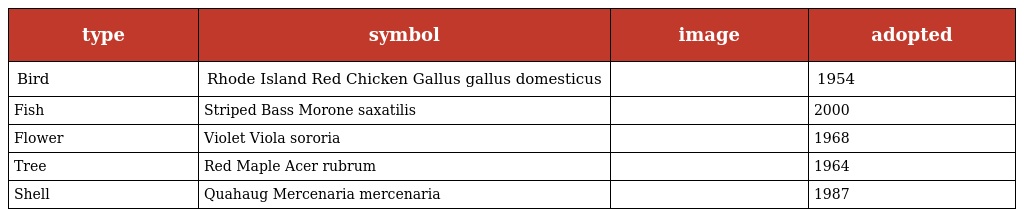
| type | symbol | image | adopted |
 | --- | --- | --- | --- |
 | Bird | Rhode Island Red Chicken Gallus gallus domesticus |  | 1954 |
 | Fish | Striped Bass Morone saxatilis |  | 2000 |
 | Flower | Violet Viola sororia |  | 1968 |
 | Tree | Red Maple Acer rubrum |  | 1964 |
 | Shell | Quahaug Mercenaria mercenaria |  | 1987 |